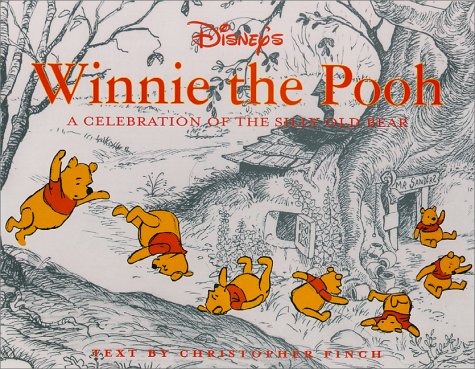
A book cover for Disney's Winnie the Pooh: A Celebration of the Silly Old Bear; Christopher Robin Finch; Humor & Entertainment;